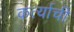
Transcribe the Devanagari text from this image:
कर्त्याची